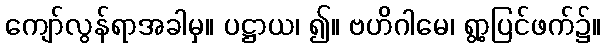
ကျော်လွန်ရာအခါမှ။ ပဋ္ဌာယ၊ ၍။ ဗဟိဂါမေ၊ ရွာ့ပြင်ဖက်၌။